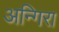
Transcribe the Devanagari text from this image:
अन्गिरा